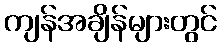
ကျန်အချိန်များတွင်